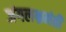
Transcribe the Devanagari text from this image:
जंगलभ्रमंती